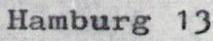
Hamburg 13